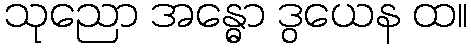
သုညော အန္ဓော ဒွယေန ထ။